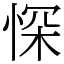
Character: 㤾